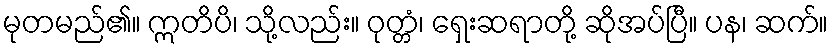
မုတမည်၏။ ဣတိပိ၊ သို့လည်း။ ဝုတ္တံ၊ ရှေးဆရာတို့ ဆိုအပ်ပြီ။ ပန၊ ဆက်။